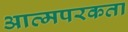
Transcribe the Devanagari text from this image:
आत्मपरकता